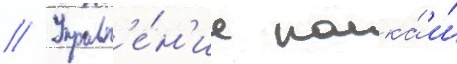
// Управл'е́н'ие полка́ и́